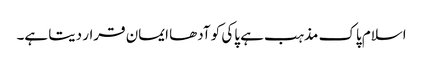
اسلام پاک مذہب ہے پاکی کو آدھا ایمان قرار دیتا ہے۔